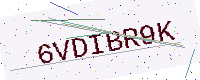
Text: 6VDIBR9K